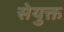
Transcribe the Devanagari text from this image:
सेयुक्त